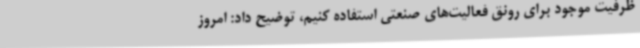
ظرفیت موجود برای رونق فعالیت‌های صنعتی استفاده کنیم، توضیح داد: امروز